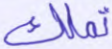
تملك